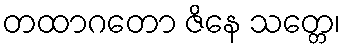
တထာဂတော ဇိနေ သတ္တေ၊